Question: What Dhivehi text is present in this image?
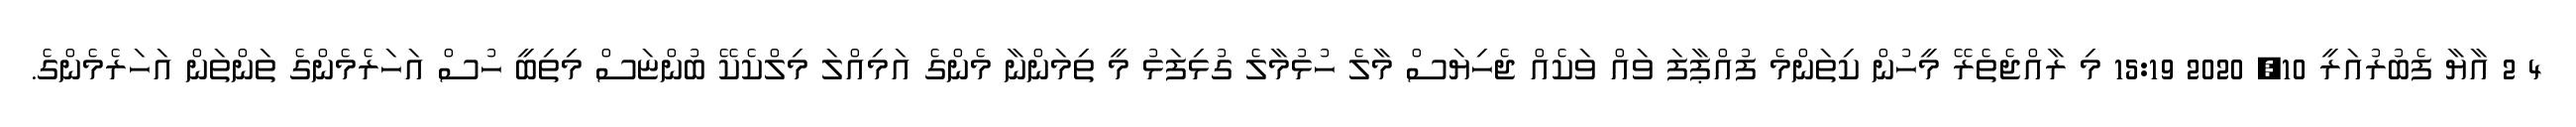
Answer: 4 2 އާޔާ ފެބުރުއަރީ 10, 2020 15:19 މި ރާއްޖެތެރޭ މީހުން ކިތަންމެ ފުއްޕާފަ ވައް ވަކެއް ޖެހިޔަސް މާލެ ހުޅުމާލެ ގުޅިފަޅު މީ ތިމަންނާ މެންގެ އަމިއްލަ މިލްކެކޭ ބުންޏަސް މިތިބީ ހުސް އަހަރެމެންގެ ތަންތަން އަހަރެމެންގެ.